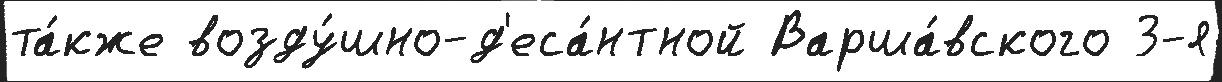
та́кже возду́шно-д'еса́нтной Варша́вского 3-я